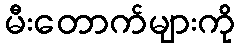
မီးတောက်များကို